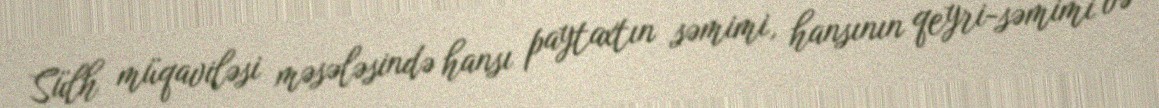
Sülh müqaviləsi məsələsində hansı paytaxtın səmimi, hansının qeyri-səmimi və